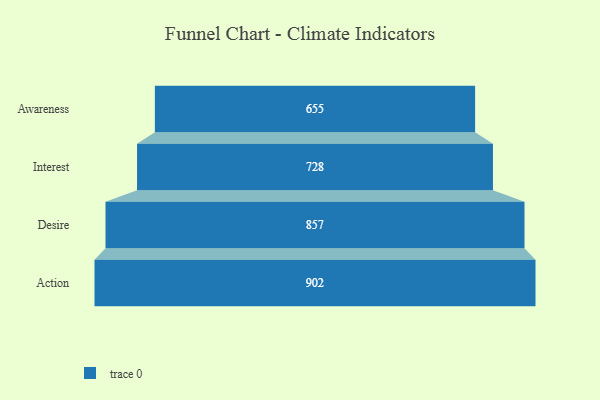
{"axis": {"x": "Stage", "y": "Value"}, "legend": [""], "data": [{"x": "Awareness", "y": 655.0, "type": ""}, {"x": "Interest", "y": 728.0, "type": ""}, {"x": "Desire", "y": 857.0, "type": ""}, {"x": "Action", "y": 902.0, "type": ""}]}